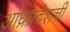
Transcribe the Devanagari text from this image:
आंध्रप्रदेशची